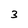
Character: 3